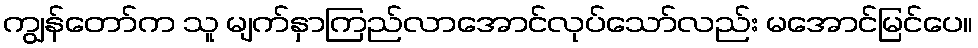
ကျွန်တော်က သူ မျက်နှာကြည်လာအောင်လုပ်သော်လည်း မအောင်မြင်ပေ။